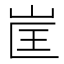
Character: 𭖕